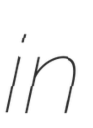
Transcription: in